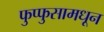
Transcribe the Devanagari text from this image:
फुप्फुसामधून